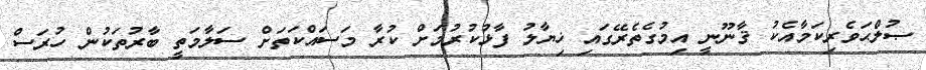
ޞުލްޙަވެރިކަމާއެކު ޤާނޫނީ އިމުގެތެރޭގައި ޚިޔާލު ފާޅުކުރުމަށް ކުރާ މަސައްކަތަށް ސަލާމަތީ ބާރުތަކުން ހުރަސް